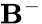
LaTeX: \mathbf{B}^{-}